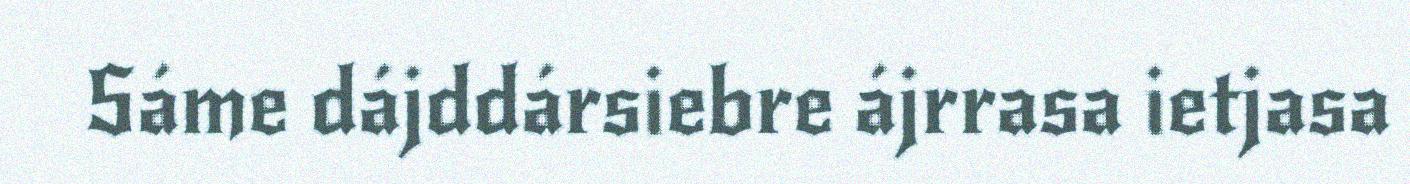
Sáme dájddársiebre ájrrasa ietjasa